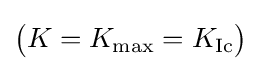
{\big (}K=K_{\text{max}}=K_{\text{Ic}}{\big )}